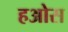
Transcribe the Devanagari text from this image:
हओस